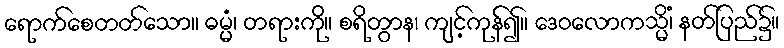
ရောက်စေတတ်သော။ ဓမ္မံ၊ တရားကို။ စရိတွာန၊ ကျင့်ကုန်၍။ ဒေဝလောကသ္မိံ၊ နတ်ပြည်၌။